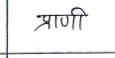
मजकूर: प्राणी